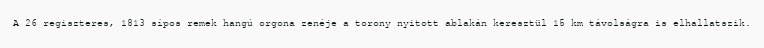
A 26 regiszteres, 1813 sípos remek hangú orgona zenéje a torony nyitott ablakán keresztül 15 km távolságra is elhallatszik.